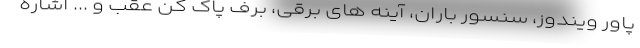
پاور ویندوز، سنسور باران، آینه های برقی، برف پاک کن عقب و ... اشاره